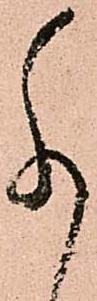
尚